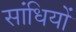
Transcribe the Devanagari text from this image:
सांधियों